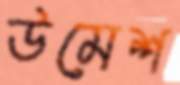
উমেশ